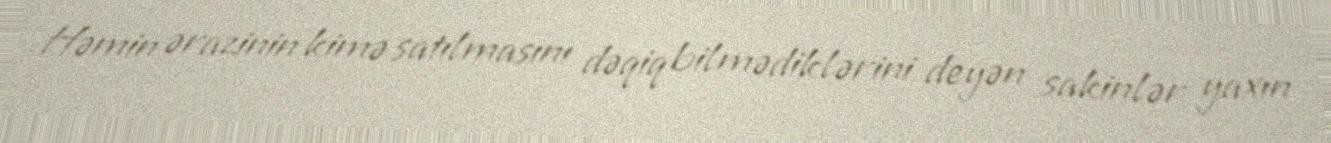
Həmin ərazinin kimə satılmasını dəqiq bilmədiklərini deyən sakinlər yaxın